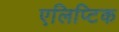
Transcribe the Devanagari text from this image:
एलिप्टिक